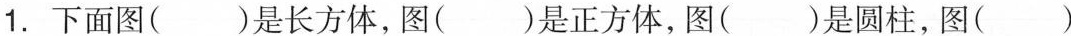
1.下面图( )是长方体，图( )是正方体，图( )是圆柱，图( )